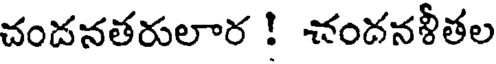
చందనతరులార ! చందనళీతల